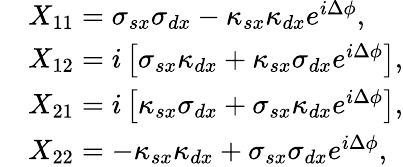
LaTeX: \begin{array}{rl}&{X_{11}=\sigma_{sx}\sigma_{dx}-\kappa_{sx}\kappa_{dx}e^{i\Delta\phi},}\\ &{X_{12}=i\left[\sigma_{sx}\kappa_{dx}+\kappa_{sx}\sigma_{dx}e^{i\Delta\phi}\right],}\\ &{X_{21}=i\left[\kappa_{sx}\sigma_{dx}+\sigma_{sx}\kappa_{dx}e^{i\Delta\phi}\right],}\\ &{X_{22}=-\kappa_{sx}\kappa_{dx}+\sigma_{sx}\sigma_{dx}e^{i\Delta\phi},}\end{array}